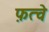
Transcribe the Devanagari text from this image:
फ़त्वे